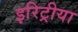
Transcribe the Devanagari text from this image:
इरिट्रीया